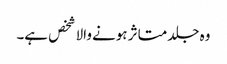
وہ جلد متاثر ہونے والا شخص ہے۔